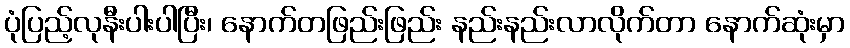
ပုံပြည့်လုနီးပါးပါပြီး၊ နောက်တဖြည်းဖြည်း နည်းနည်းလာလိုက်တာ နောက်ဆုံးမှာ